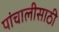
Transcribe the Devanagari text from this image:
पांचालीसाठी